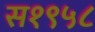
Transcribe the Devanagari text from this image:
स१९५८